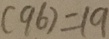
( 9 6 ) = 1 9